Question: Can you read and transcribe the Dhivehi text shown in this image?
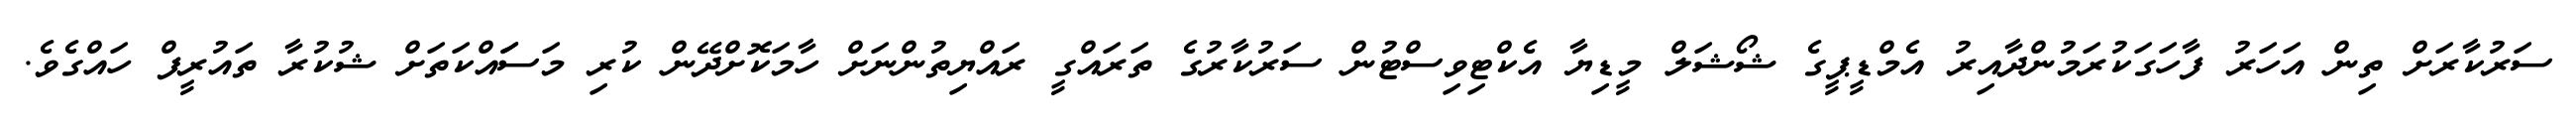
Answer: ސަރުކާރަށް ތިން އަހަރު ފާހަގަކުރަމުންދާއިރު އެމްޑީޕީގެ ޝޯޝަލް މީޑިޔާ އެކްޓިވިސްޓުން ސަރުކާރުގެ ތަރައްގީ ރައްޔިތުންނަށް ހާމަކޮށްދޭން ކުރި މަސަައްކަތަށް ޝުކުރާ ތައުރީފް ހައްގެވެ.